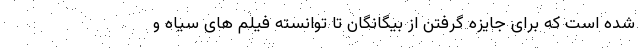
شده است که برای جایزه گرفتن از بیگانگان تا توانسته فیلم های سیاه و